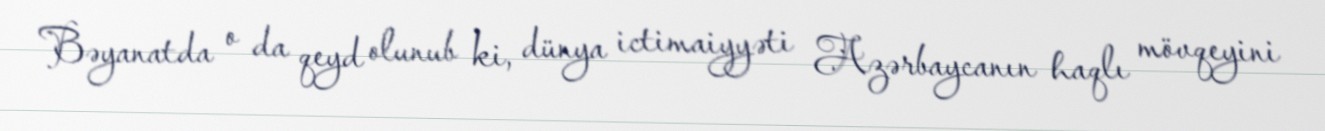
Bəyanatda o da qeyd olunub ki, dünya ictimaiyyəti Azərbaycanın haqlı mövqeyini